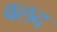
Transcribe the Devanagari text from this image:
वलद